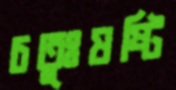
চতুঃষষ্টি